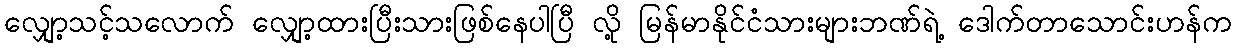
လျှော့သင့်သလောက် လျှော့ထားပြီးသားဖြစ်နေပါပြီ လို့ မြန်မာနိုင်ငံသားများဘဏ်ရဲ့ ဒေါက်တာသောင်းဟန်က